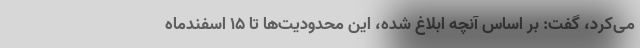
می‌کرد، گفت: بر اساس آنچه ابلاغ شده، این محدودیت‌ها تا ۱۵ اسفندماه